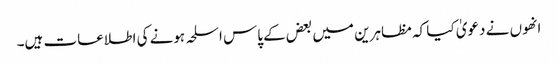
انھوں نے دعویٰ کیا کہ مظاہرین میں بعض کے پاس اسلحہ ہونے کی اطلاعات ہیں۔